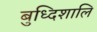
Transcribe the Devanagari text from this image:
बुध्दिशालि